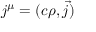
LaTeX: j ^ { \mu } = ( c \rho , { \vec { j } } )